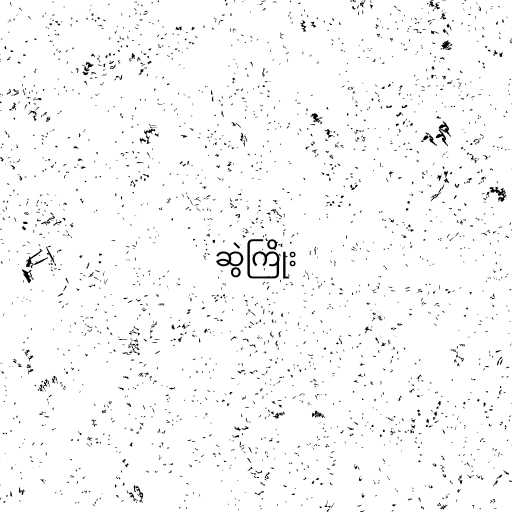
ဆွဲကြိုး